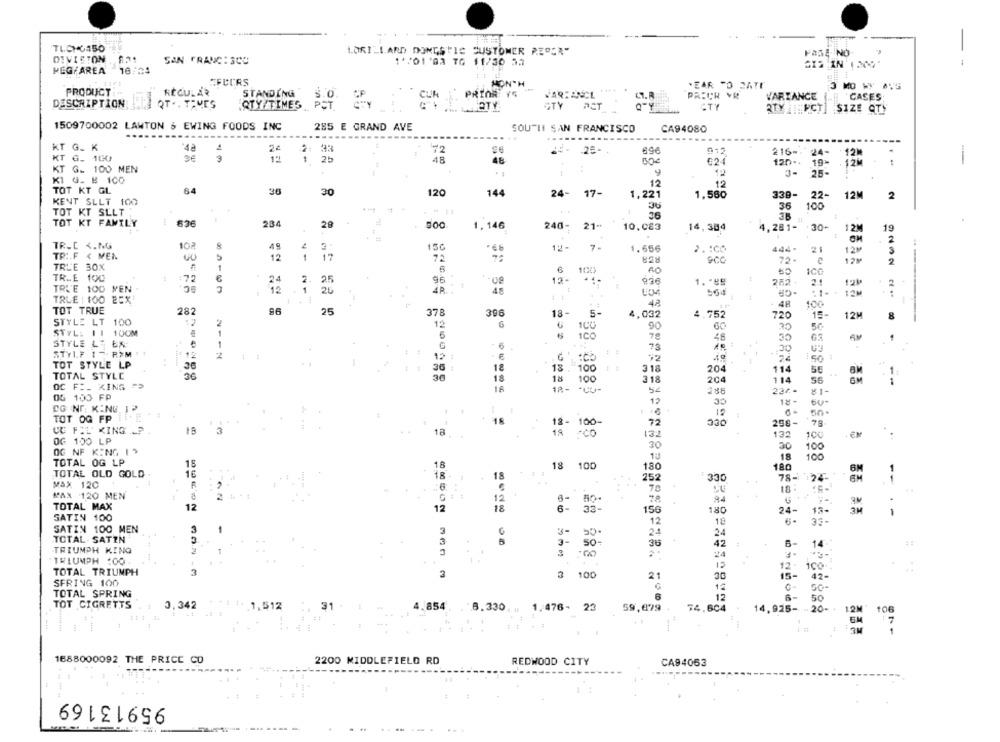
LORILLARD DONGSTIC CUSTOMER REPER"
FASE NO-
DIVIETON .
SAN FRANCISCO
11/01 '93 TG 11/30 32
--
HEGYAREA
16:04
AFCCRS
MONTH
.EAR "O CATE
3 MO WY AVG
PRODUCT
REGULAR
STANDING
PRION YE
CT.R
PRICH VR
VARIANCE
CASES;
DESCRIPTION
QT .. TEMES
CUR
QTY TIMES POT.
OTY
STY
PCT
ATY
RTY THECT] SIZE QTY
1509700002 LAWTON & EWING FOODS INC
285 E GRAND AVE
SOUTHI SAN FRANCISCO
CA94080
...
KT G. K
4ª
22
2: 33
72
696
012
216 --
24-
12.
KT G. 100
3
12
2b
48
48
624
120 ..
19-
12M
1
-
KT G .. 100 MEN
KI G_ # 100
1
3-
25-
12
12
TOT KT GL
64
36
30
120
144
24-
17-
1,221
1,560
339-
22-
12M
KENT SLLT 100
2
36
36
100
TOT KT SLLT
26
TOT KT FAMILY
234
29
1.146
240-
21-
10,083
14, 384
4,281- 30-
12M
1g
102
TR.C <. NG
49
150
12-
7-
1.656
444-
21
12M
TRI.F < MEN
12
1
17
72
828
72-
12%
2
TRUE 30X
10%
TR.E 100
:72
€
24
2
25
96
13-
936
282 .
2.1
12M
2
TRL'E 100 MEN
12
1
24
4R
48
TRLE : 100 BEX*
42
- 48
100
TOT TRUE
282
25
378
396
18-
5-
4,032
4.752
720
15-
12M
8
STYLE LT 100
2
12
6
90
STYL: 11 10CM
1
1CO
78
48
AM
STYLE LE ER-
1
G
-6
78
30
STYLF 1 7 RXM
2
12
1
TOT STYLE LP
:CO
30
18
13
100
318
204
114
SE
1
TOTAL STYLC
36
30
18
18
100
318
204
114
QC FI_ KING
1
18-
286
224-
DG 100 FP
12
CG NO. KING IP
12
TOT OG FP !INE
12- 100-
72
230
298-
75
CE FIL KING ?
3
19
*CO
132
132
100
OG 100 LP
30
30
100
OG NF KING |>
18
100
TOTAL OG LP
15
18
18
100
180
18.0
TOTAL OLD GOLD
18
18
252
330
78-
MAX 120
6
70
MAX 120 MEN
2
12
TOTAL MAX
12
12
18
6-
33-
156
180
24-
13-
3M
SATIN 100
12
18
SATIN 100 MEN
3
3
24
24
TOTAL- SATIN
3
3-
50-
36
14
# 1
TRIUMPH KING
42
6-
3
24
TRIUMPH :00
12-
TOTAL TRIUMPH
3
12
3
3
100
21
42-
SFRING 100
12
50-
TOTAL SPRING
6
12
6
50
TOT CIGRETTS
3.342
* *: 1. 1,512
1,512
31
854
8.330
1.476-
59,679 +
74.604
14.925- - 20-+
12M' 106
12M' 106
1688000092 THE PRICE CO
2200 MIDDLEFIELD RD
REDWOOD CITY
CA94063
95913169